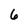
Character: 6